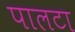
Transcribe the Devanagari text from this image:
पालटा